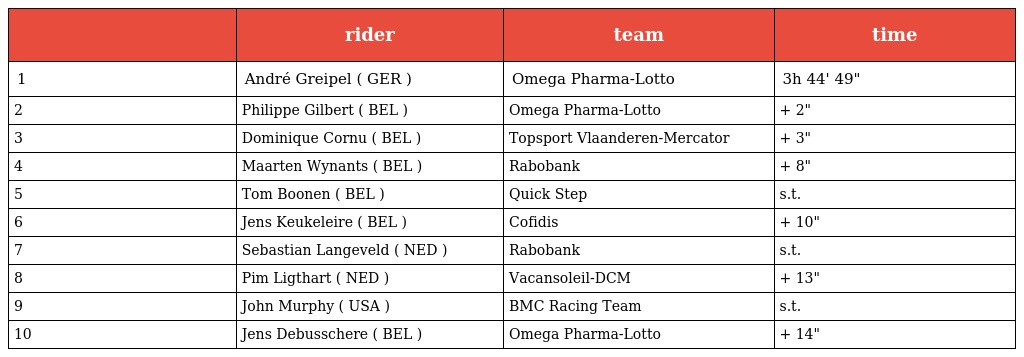
|  | rider | team | time |
 | --- | --- | --- | --- |
 | 1 | André Greipel ( GER ) | Omega Pharma-Lotto | 3h 44' 49" |
 | 2 | Philippe Gilbert ( BEL ) | Omega Pharma-Lotto | + 2" |
 | 3 | Dominique Cornu ( BEL ) | Topsport Vlaanderen-Mercator | + 3" |
 | 4 | Maarten Wynants ( BEL ) | Rabobank | + 8" |
 | 5 | Tom Boonen ( BEL ) | Quick Step | s.t. |
 | 6 | Jens Keukeleire ( BEL ) | Cofidis | + 10" |
 | 7 | Sebastian Langeveld ( NED ) | Rabobank | s.t. |
 | 8 | Pim Ligthart ( NED ) | Vacansoleil-DCM | + 13" |
 | 9 | John Murphy ( USA ) | BMC Racing Team | s.t. |
 | 10 | Jens Debusschere ( BEL ) | Omega Pharma-Lotto | + 14" |